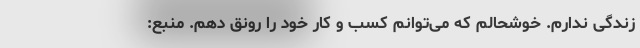
زندگی ندارم. خوشحالم که می‌توانم کسب و کار خود را رونق دهم. منبع: